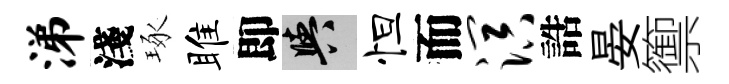
涕淺琢雎即阳怛而溟誥晏籞